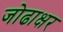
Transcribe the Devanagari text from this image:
जोढाक्षर